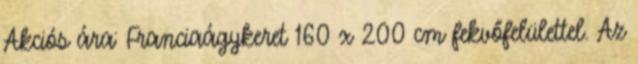
Akciós ára: Franciaágykeret 160 x 200 cm fekvőfelülettel. Az